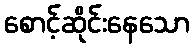
စောင့်ဆိုင်းနေသော